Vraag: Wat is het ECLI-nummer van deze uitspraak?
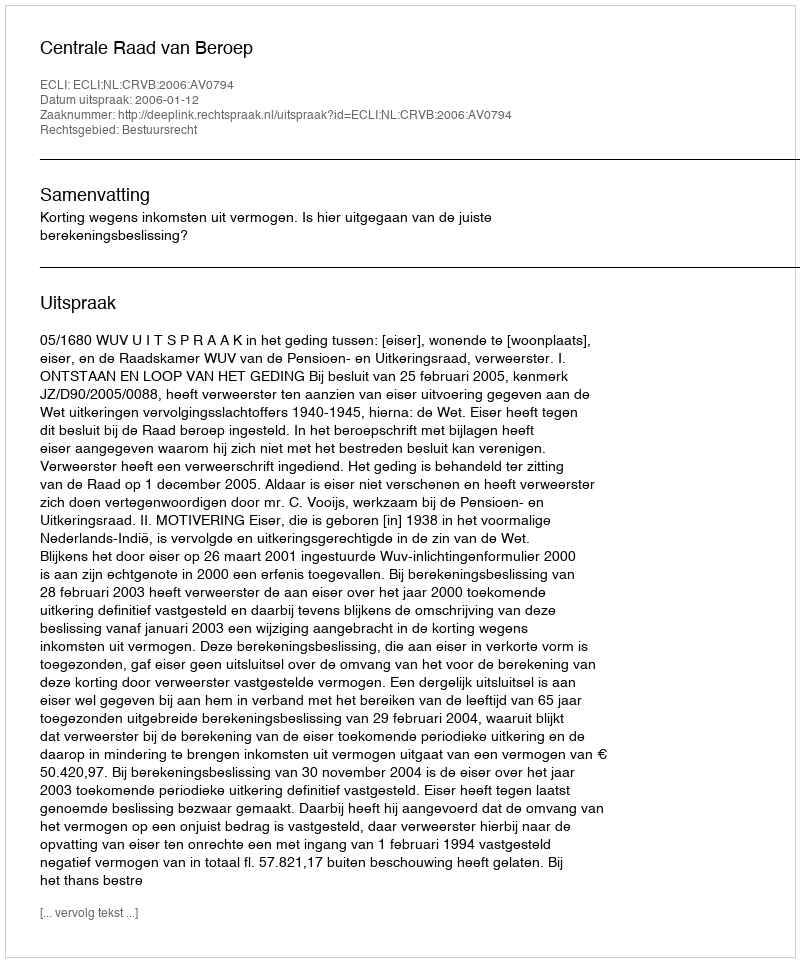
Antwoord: ECLI:NL:CRVB:2006:AV0794